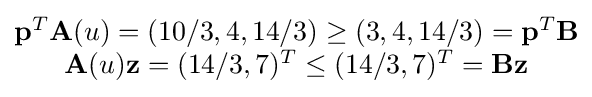
{\begin{matrix}\mathbf {p} ^{T}\mathbf {A} (u)=(10/3,4,14/3)\geq (3,4,14/3)=\mathbf {p} ^{T}\mathbf {B} \\\mathbf {A} (u)\mathbf {z} =(14/3,7)^{T}\leq (14/3,7)^{T}=\mathbf {B} {\mathbf {z} }\end{matrix}}